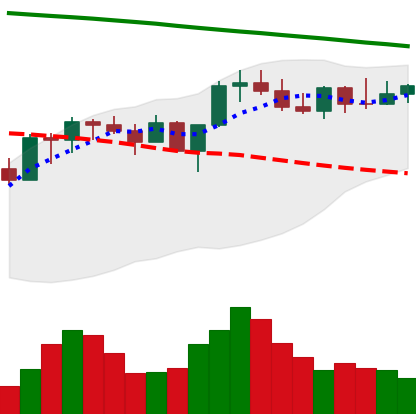
Ticker: XMR-USD
Chart end date: 2022-08-05
Forward return: 3.776%
Label: up_3_5